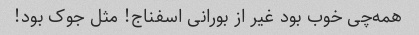
همه‌چی خوب بود غیر از بورانی اسفناج! مثل جوک بود!